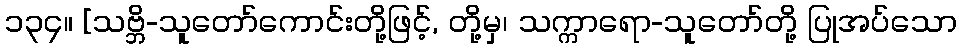
၁၃၄။ [သဗ္ဘိ-သူတော်ကောင်းတို့ဖြင့်, တို့မှ၊ သက္ကာရော-သူတော်တို့ ပြုအပ်သော